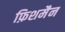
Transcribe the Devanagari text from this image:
फ़िशमैन